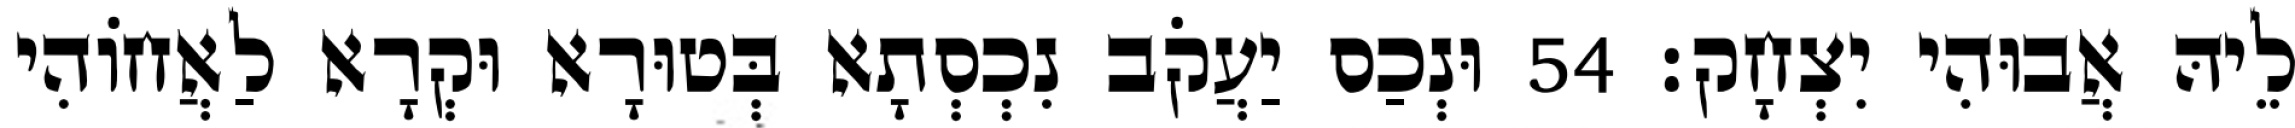
לֵיהּ אֲבוּהִי יִצְחָק׃ 54 וּנְכַס יַעֲקֹב נִכְסְתָא בְּטוּרָא וּקְרָא לַאֲחוֹהִי